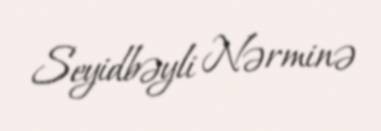
Seyidbəyli Nərminə